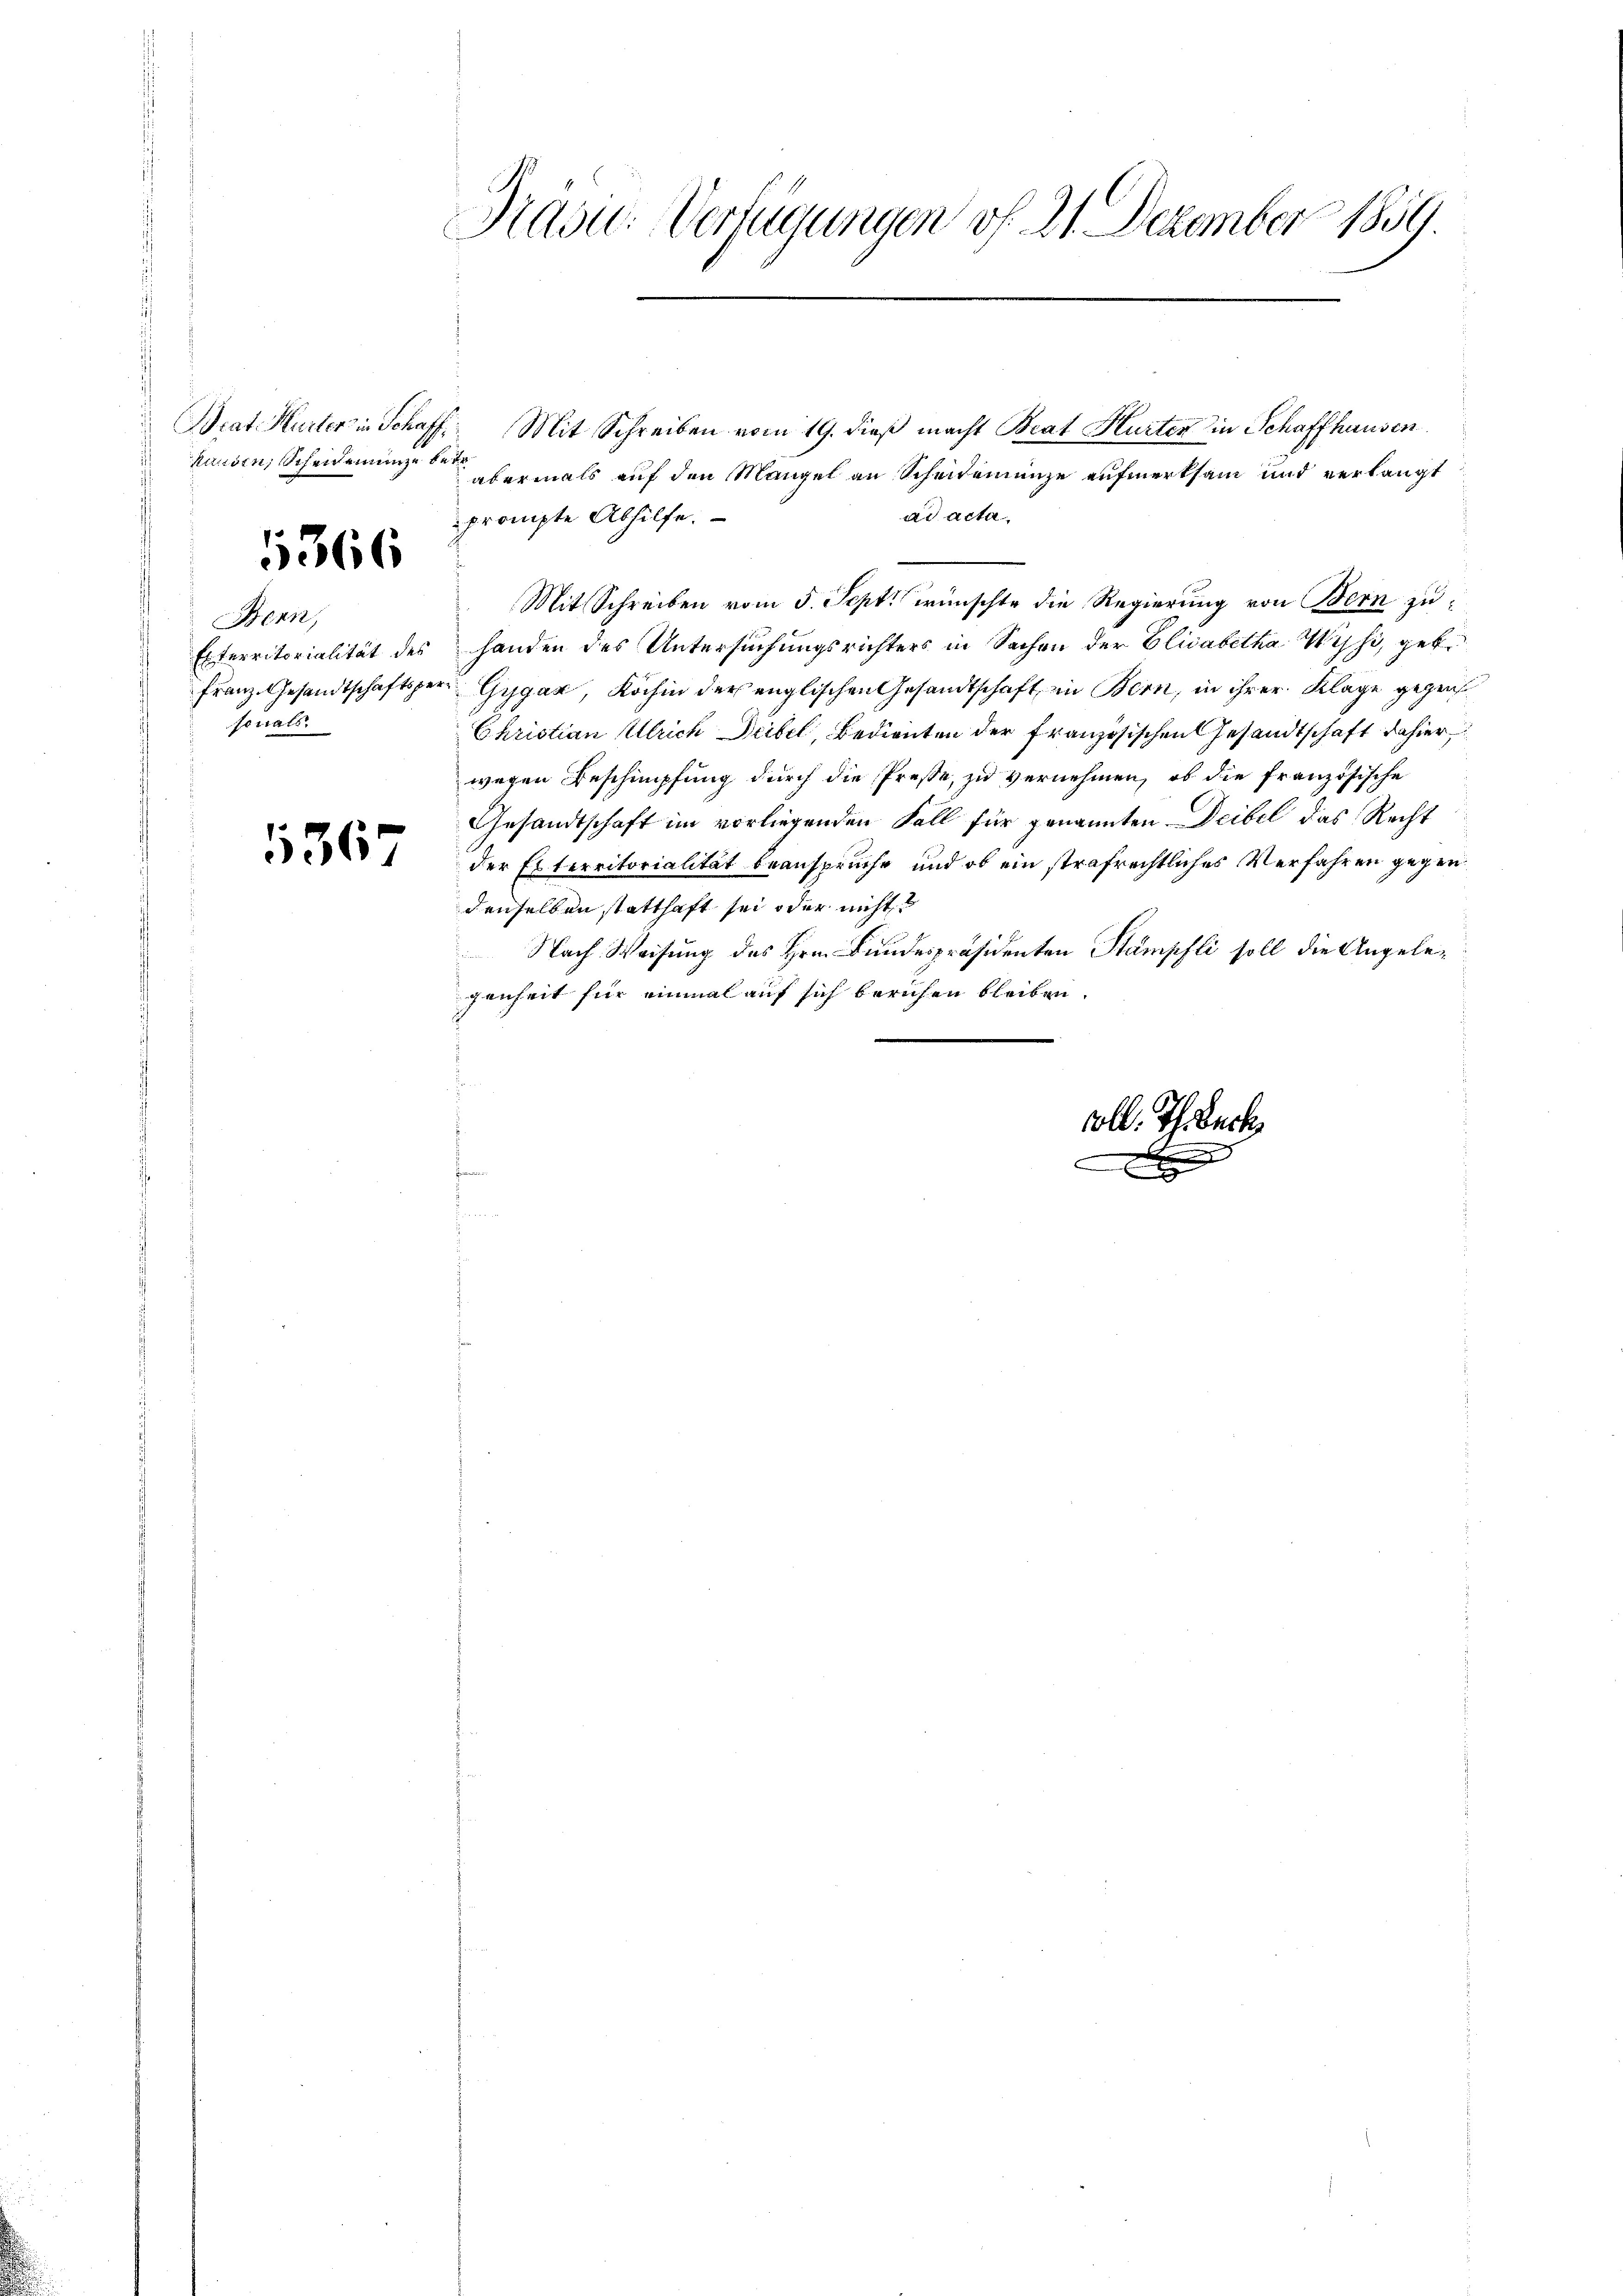
1366

Bern,
Exterritorialität des
Franz Gesandtschaftsper
sonals.

367

Kasu: Verfügungen of 21. Dezember 1859.

Beat Hurter in Schaff Mit Schreiben vom 19. dieß macht Beat Hurten in Schaffhausen
hausen, Scheidenung dermals auf den Mangel an Scheidemünze aufmerksam und verlangt
ad acta,
prompte Abhilfe.
Mit Schreiben vom 5. Sept. wünschte die Regierung von Bern zuhanden des Untersuchungsrichters in Sachen der Elisabetha Wyss, geb.
 Gygaz, Köchin der englischen Gesandtschaft in Bern, in ihrer Klage gegen
Christian Ulrich Deibel, Bedienten der französischen Gesandtschaft dahier
wegen Beschimpfung durch die Presse, zu vernehmen, ob die französische
Gesandtschaft im vorliegenden Fall für genannten Deibel das Recht
der Elterritorialität beansprüche und ob ein strafrechtliches Verfahren gegen
denselben statthaft sei oder nicht
 Nach Weisung des Hrn. Bundespräsidenten Stampfli soll die Angeleg
genheit für einmal auf sich beruhen bleiben.

soll. Th. Beck

B
x